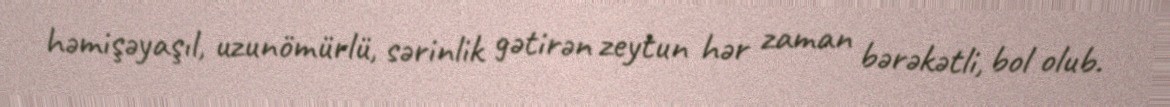
həmişəyaşıl, uzunömürlü, sərinlik gətirən zeytun hər zaman bərəkətli, bol olub.